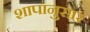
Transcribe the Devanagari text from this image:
शापानुसार